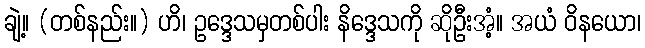
ချဲ့။ (တစ်နည်း။) ဟိ၊ ဥဒ္ဒေသမှတစ်ပါး နိဒ္ဒေသကို ဆိုဦးအံ့။ အယံ ဝိနယော၊